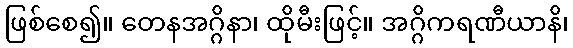
ဖြစ်စေ၍။ တေနအဂ္ဂိနာ၊ ထိုမီးဖြင့်။ အဂ္ဂိကရဏီယာနိ၊